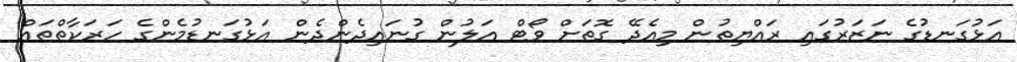
އަޅުގަނޑުގެ ނަޒަރުގައި ރައްޔިތުން މިއެދޭ ގޮތަށް ވޯޓް އަލުން ގުނައިދެންދެން އަޅުގަނޑުމެންގެ ހަރަކާތްތައް